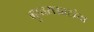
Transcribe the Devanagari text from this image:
गुप्तसम्राटांचा